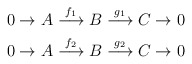
\begin{gather*}0 \to A \stackrel{f_{1}}\longrightarrow B \stackrel{g_{1}}\longrightarrow C \to 0\\0 \to A \stackrel{f_{2}}\longrightarrow B \stackrel{g_{2}}\longrightarrow C \to 0\end{gather*}